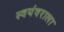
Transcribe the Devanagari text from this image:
स्वयंवराला